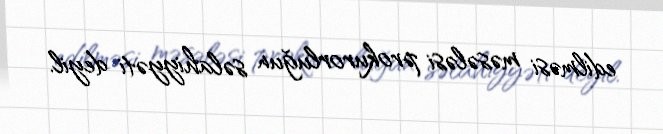
edilməsi məsələsi prokurorluğun səlahiyyəti deyil.